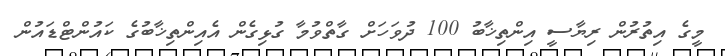
މީގެ އިތުރުން ރިޔާސީ އިންތިޚާބު 100 ދުވަހަށް ގާތްވުމާ ގުޅިގެން އެއިންތިޚާބުގެ ކައުންޓްޑައުން